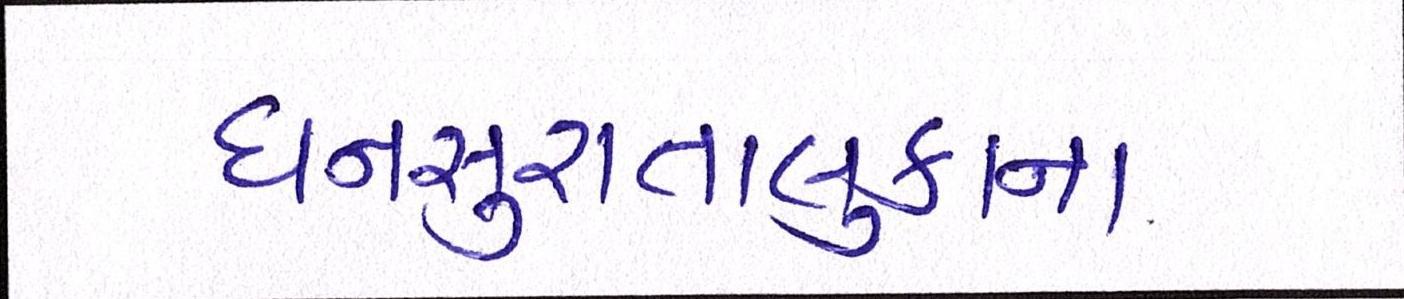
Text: ધનસુરાતાલુકાના